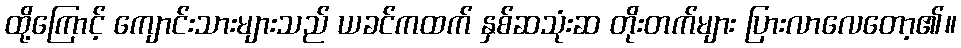
ထို့ကြောင့် ကျောင်းသားများသည် ယခင်ကထက် နှစ်ဆသုံးဆ တိုးတက်များ ပြားလာလေတော့၏။